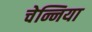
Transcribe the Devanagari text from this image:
चेन्निया